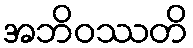
အဘိဝဿတိ